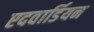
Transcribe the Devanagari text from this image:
एदवार्डियन